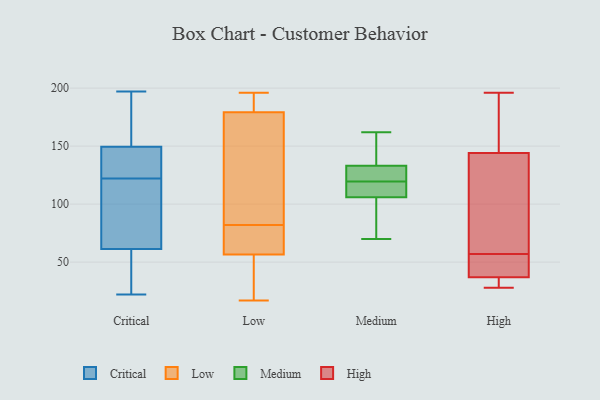
{"axis": {"x": "Population (Million)", "y": "Value"}, "legend": ["Critical", "High", "Low", "Medium"], "data": [{"x": "", "y": 56, "type": "Critical"}, {"x": "", "y": 150, "type": "Critical"}, {"x": "", "y": 125, "type": "Critical"}, {"x": "", "y": 148, "type": "Critical"}, {"x": "", "y": 22, "type": "Critical"}, {"x": "", "y": 48, "type": "Critical"}, {"x": "", "y": 95, "type": "Critical"}, {"x": "", "y": 110, "type": "Critical"}, {"x": "", "y": 197, "type": "Critical"}, {"x": "", "y": 77, "type": "Critical"}, {"x": "", "y": 169, "type": "Critical"}, {"x": "", "y": 136, "type": "Critical"}, {"x": "", "y": 122, "type": "Critical"}, {"x": "", "y": 152, "type": "Critical"}, {"x": "", "y": 37, "type": "Critical"}, {"x": "", "y": 17, "type": "Low"}, {"x": "", "y": 61, "type": "Low"}, {"x": "", "y": 71, "type": "Low"}, {"x": "", "y": 140, "type": "Low"}, {"x": "", "y": 82, "type": "Low"}, {"x": "", "y": 78, "type": "Low"}, {"x": "", "y": 193, "type": "Low"}, {"x": "", "y": 184, "type": "Low"}, {"x": "", "y": 55, "type": "Low"}, {"x": "", "y": 77, "type": "Low"}, {"x": "", "y": 165, "type": "Low"}, {"x": "", "y": 36, "type": "Low"}, {"x": "", "y": 196, "type": "Low"}, {"x": "", "y": 106, "type": "Low"}, {"x": "", "y": 32, "type": "Low"}, {"x": "", "y": 120, "type": "Low"}, {"x": "", "y": 192, "type": "Low"}, {"x": "", "y": 54, "type": "Low"}, {"x": "", "y": 193, "type": "Low"}, {"x": "", "y": 140, "type": "Medium"}, {"x": "", "y": 70, "type": "Medium"}, {"x": "", "y": 162, "type": "Medium"}, {"x": "", "y": 96, "type": "Medium"}, {"x": "", "y": 124, "type": "Medium"}, {"x": "", "y": 131, "type": "Medium"}, {"x": "", "y": 115, "type": "Medium"}, {"x": "", "y": 133, "type": "Medium"}, {"x": "", "y": 106, "type": "Medium"}, {"x": "", "y": 115, "type": "Medium"}, {"x": "", "y": 45, "type": "High"}, {"x": "", "y": 37, "type": "High"}, {"x": "", "y": 40, "type": "High"}, {"x": "", "y": 61, "type": "High"}, {"x": "", "y": 196, "type": "High"}, {"x": "", "y": 32, "type": "High"}, {"x": "", "y": 29, "type": "High"}, {"x": "", "y": 28, "type": "High"}, {"x": "", "y": 144, "type": "High"}, {"x": "", "y": 141, "type": "High"}, {"x": "", "y": 175, "type": "High"}, {"x": "", "y": 160, "type": "High"}, {"x": "", "y": 104, "type": "High"}, {"x": "", "y": 53, "type": "High"}]}